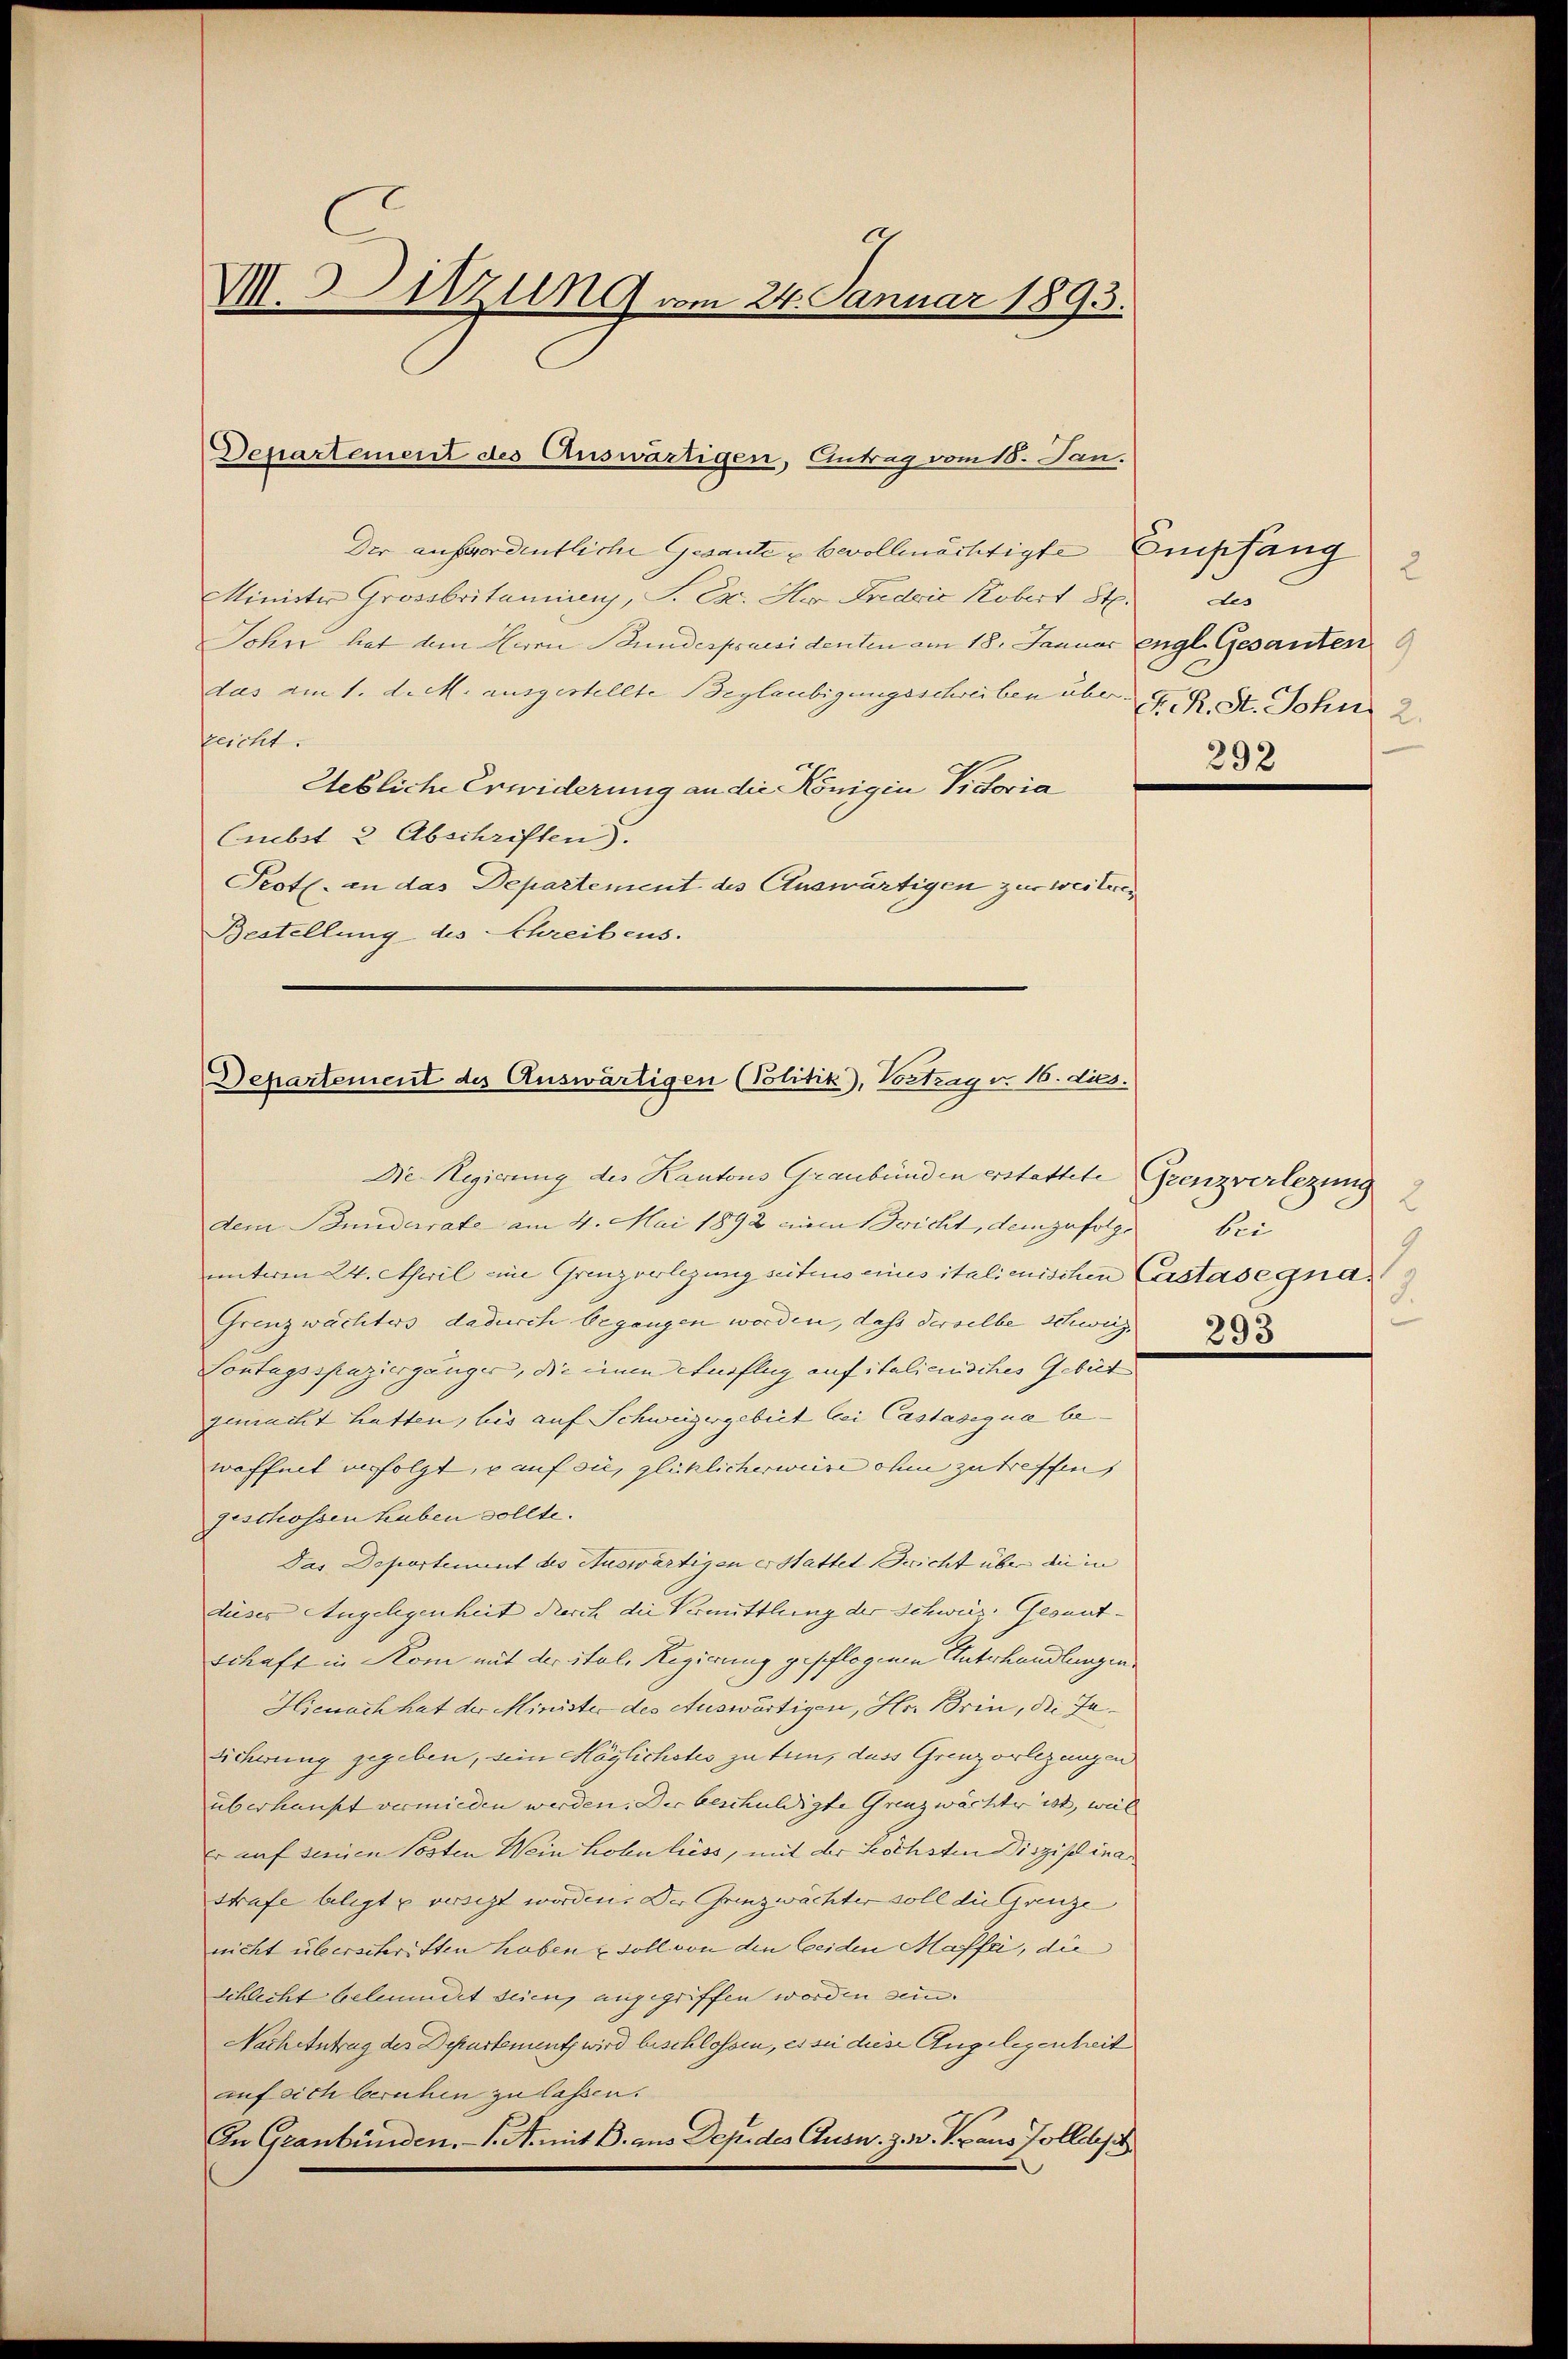
9
M. Sitzung vom 24. Januar 1893.

Departement des Auswärtigen, Antrag vom 18. Jan.

Der auffordentliche Gesante bevollmächtigte Empfang
Minister Grossbritamins, S. Exc. Her Fredvić Kobert 8t. des
John hat dem Herrn Bundespraesidenten am 18. Januar engl. Gesanten 9
das am 1. d. M. ausgestellte Beglaubigungsschreiben über d. R. St. John 2.
peicht.
Uebliche Erwiderung an die Königin Victoria
Cmbst 2 Abschriften).
Peotl. an das Departement des Auswärtigen zur weiteres
Bestellung des Schreibens.

Departement des Auswärtigen (Politik, Vortrag v. 16. dies.
Die Regierung des Kantons Graubünden erstattete Grenzverlegung

dem Bunderrate am 4. Mai 1892 einen richt, demzufolge bei
unteren 24. April eine Grenzverlegung seitens eines italienischen Castasegna¬
Grenzwachters dadurch begangen worden, dass derselbe schwarz,
Contagsspaziergänger, die einen Einflug auf italicinisches Gebüt
gemacht hatten, bis auf Schweizergebiet bei Castasegue bewaffnet verfolgt, auf sie, glücklicherweise ohne zu treffen,
geschossen haben sollte.
Das Departement des Auswärtigen erstattet Bericht über die in
dieses Angelegenheit durch die Vermittlung der Schweiz. Gesunt- |
schaft in Rom mit der itale Regierung geschlogenen Unterhandlungen
Hienach hat der Minister des Auswärtigen, Hr. Brin, die Ja¬
Sicherung gegeben, sein Höglichstes zu tun, dass Grenzorlegungen
überhaupt vermieden werden. Die beschuldigte Grenzwächter ist, weil
er auf seinen Posten Wein Hohn liess, mit der höchsten Disziplina¬
Strafe belegt u versezt worden. Der Grenzwächter soll die Grenze
nicht überschritten haben & soll von den beiden Maffe, die
Schlecht beleumert seien, angegriffen worden sein.
Nachentrag des Departement wird beschlossen, es sei diese Angelegenheit
auf sich beruhen zu lassen.
An Graubünden. /. M. mit 8. aus Depides Ausw. z. B. V. aus Zolldep

2

292

2
1
3.
293